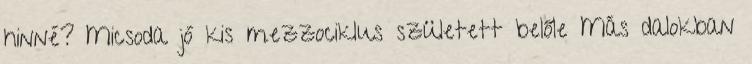
hinné? Micsoda jó kis mezzociklus született belőle Más dalokban